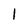
Character: l